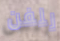
للفن